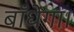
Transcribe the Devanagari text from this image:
बाँधेंगा।